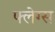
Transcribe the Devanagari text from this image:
फ्लेग्स